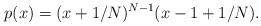
LaTeX: \begin{align*}p(x) = (x+1/N)^{N-1} (x-1+1/N).\end{align*}